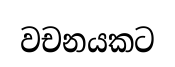
වචනයකට